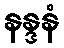
နန္ဒနံ